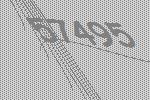
57495